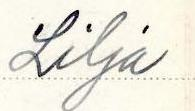
Lilja